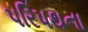
પરિપથના